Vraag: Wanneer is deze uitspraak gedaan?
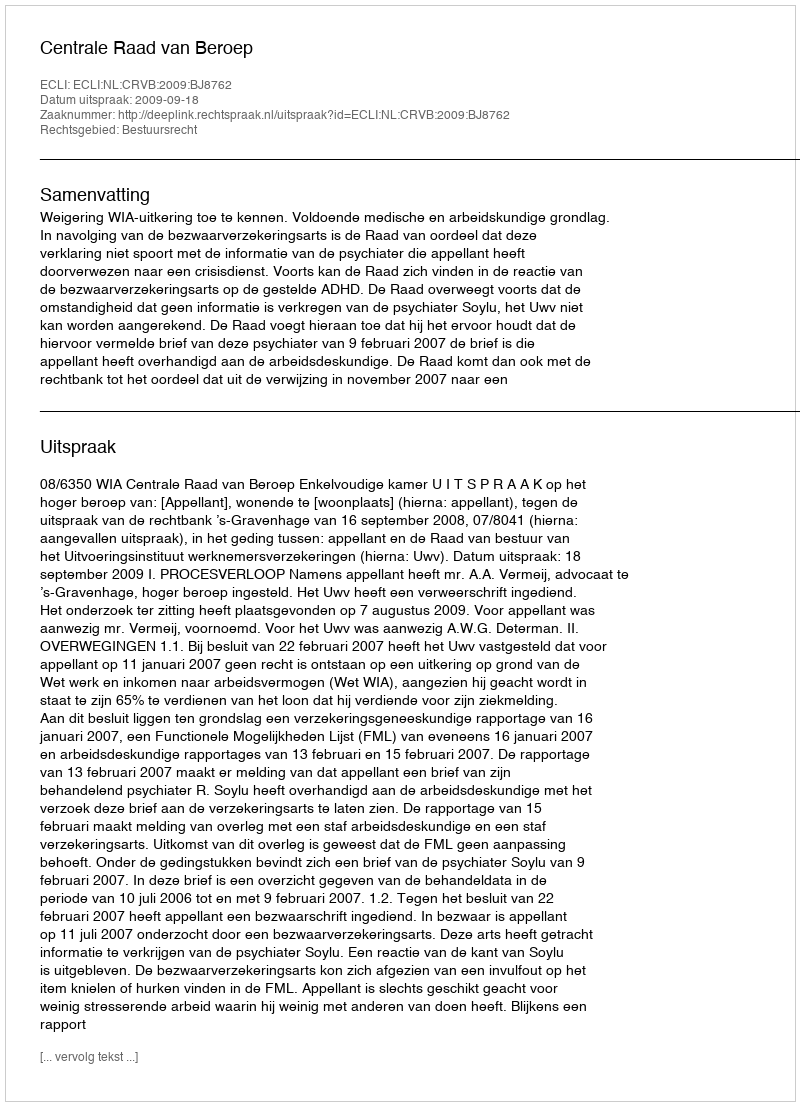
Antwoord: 2009-09-18